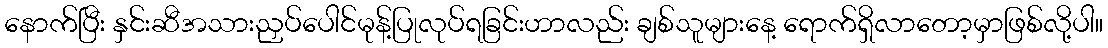
နောက်ပြီး နှင်းဆီအသားညှပ်ပေါင်မုန့်ပြုလုပ်ရခြင်းဟာလည်း ချစ်သူများနေ့ ရောက်ရှိလာတော့မှာဖြစ်လို့ပါ။